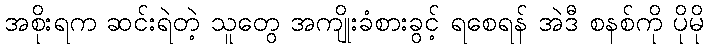
အစိုးရက ဆင်းရဲတဲ့ သူတွေ အကျိုးခံစားခွင့် ရစေရန် အဲဒီ စနစ်ကို ပိုမို